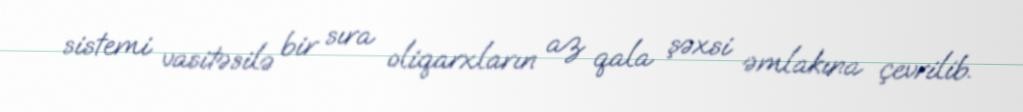
sistemi vasitəsilə bir sıra oliqarxların az qala şəxsi əmlakına çevrilib.